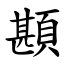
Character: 䫖